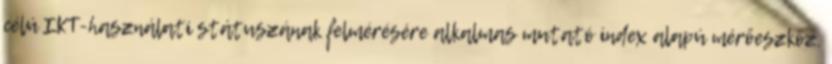
célú IKT-használati státuszának felmérésére alkalmas mutató index alapú mérőeszköz.